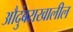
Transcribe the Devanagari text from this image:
औदुंबराखालील